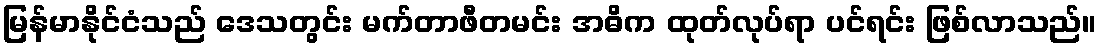
မြန်မာနိုင်ငံသည် ဒေသတွင်း မက်တာဖီတမင်း အဓိက ထုတ်လုပ်ရာ ပင်ရင်း ဖြစ်လာသည်။